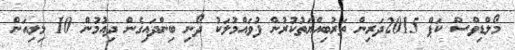
މޯލްޑިވްސް ކަޕް 2015ދަރިން ތަރުބިއްޔަތުކުރުން ފުވައްމުލަކު ދޯނި ބިންދައިގެން ދިއުމުން 10 މިލިއަން